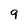
Character: 9